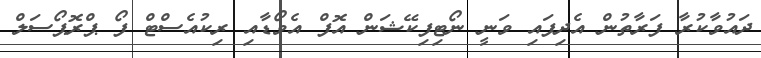
ދައުވާކުރާ ފަރާތުން އެދިފައި ވަނީ ނޯޓިފިކޭޝަން އޮފް އެވޯޑާއި ރިކުއެސްޓް ފޯ ޕްރޮޕޯސަލް